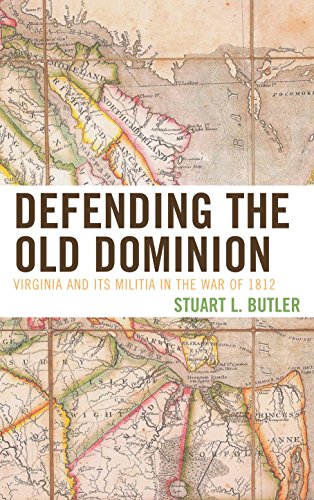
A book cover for Defending the Old Dominion: Virginia and Its Militia in the War of 1812; Stuart L. Butler; History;